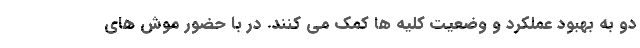
دو به بهبود عملکرد و وضعیت کلیه ها کمک می کنند. در با حضور موش های